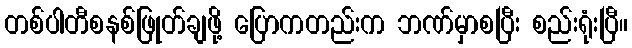
တစ်ပါတီစနစ်ဖြုတ်ချဖို့ ပြောကတည်းက ဘဏ်မှာစပြီး စည်းရုံးပြီ။